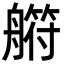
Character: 䒀